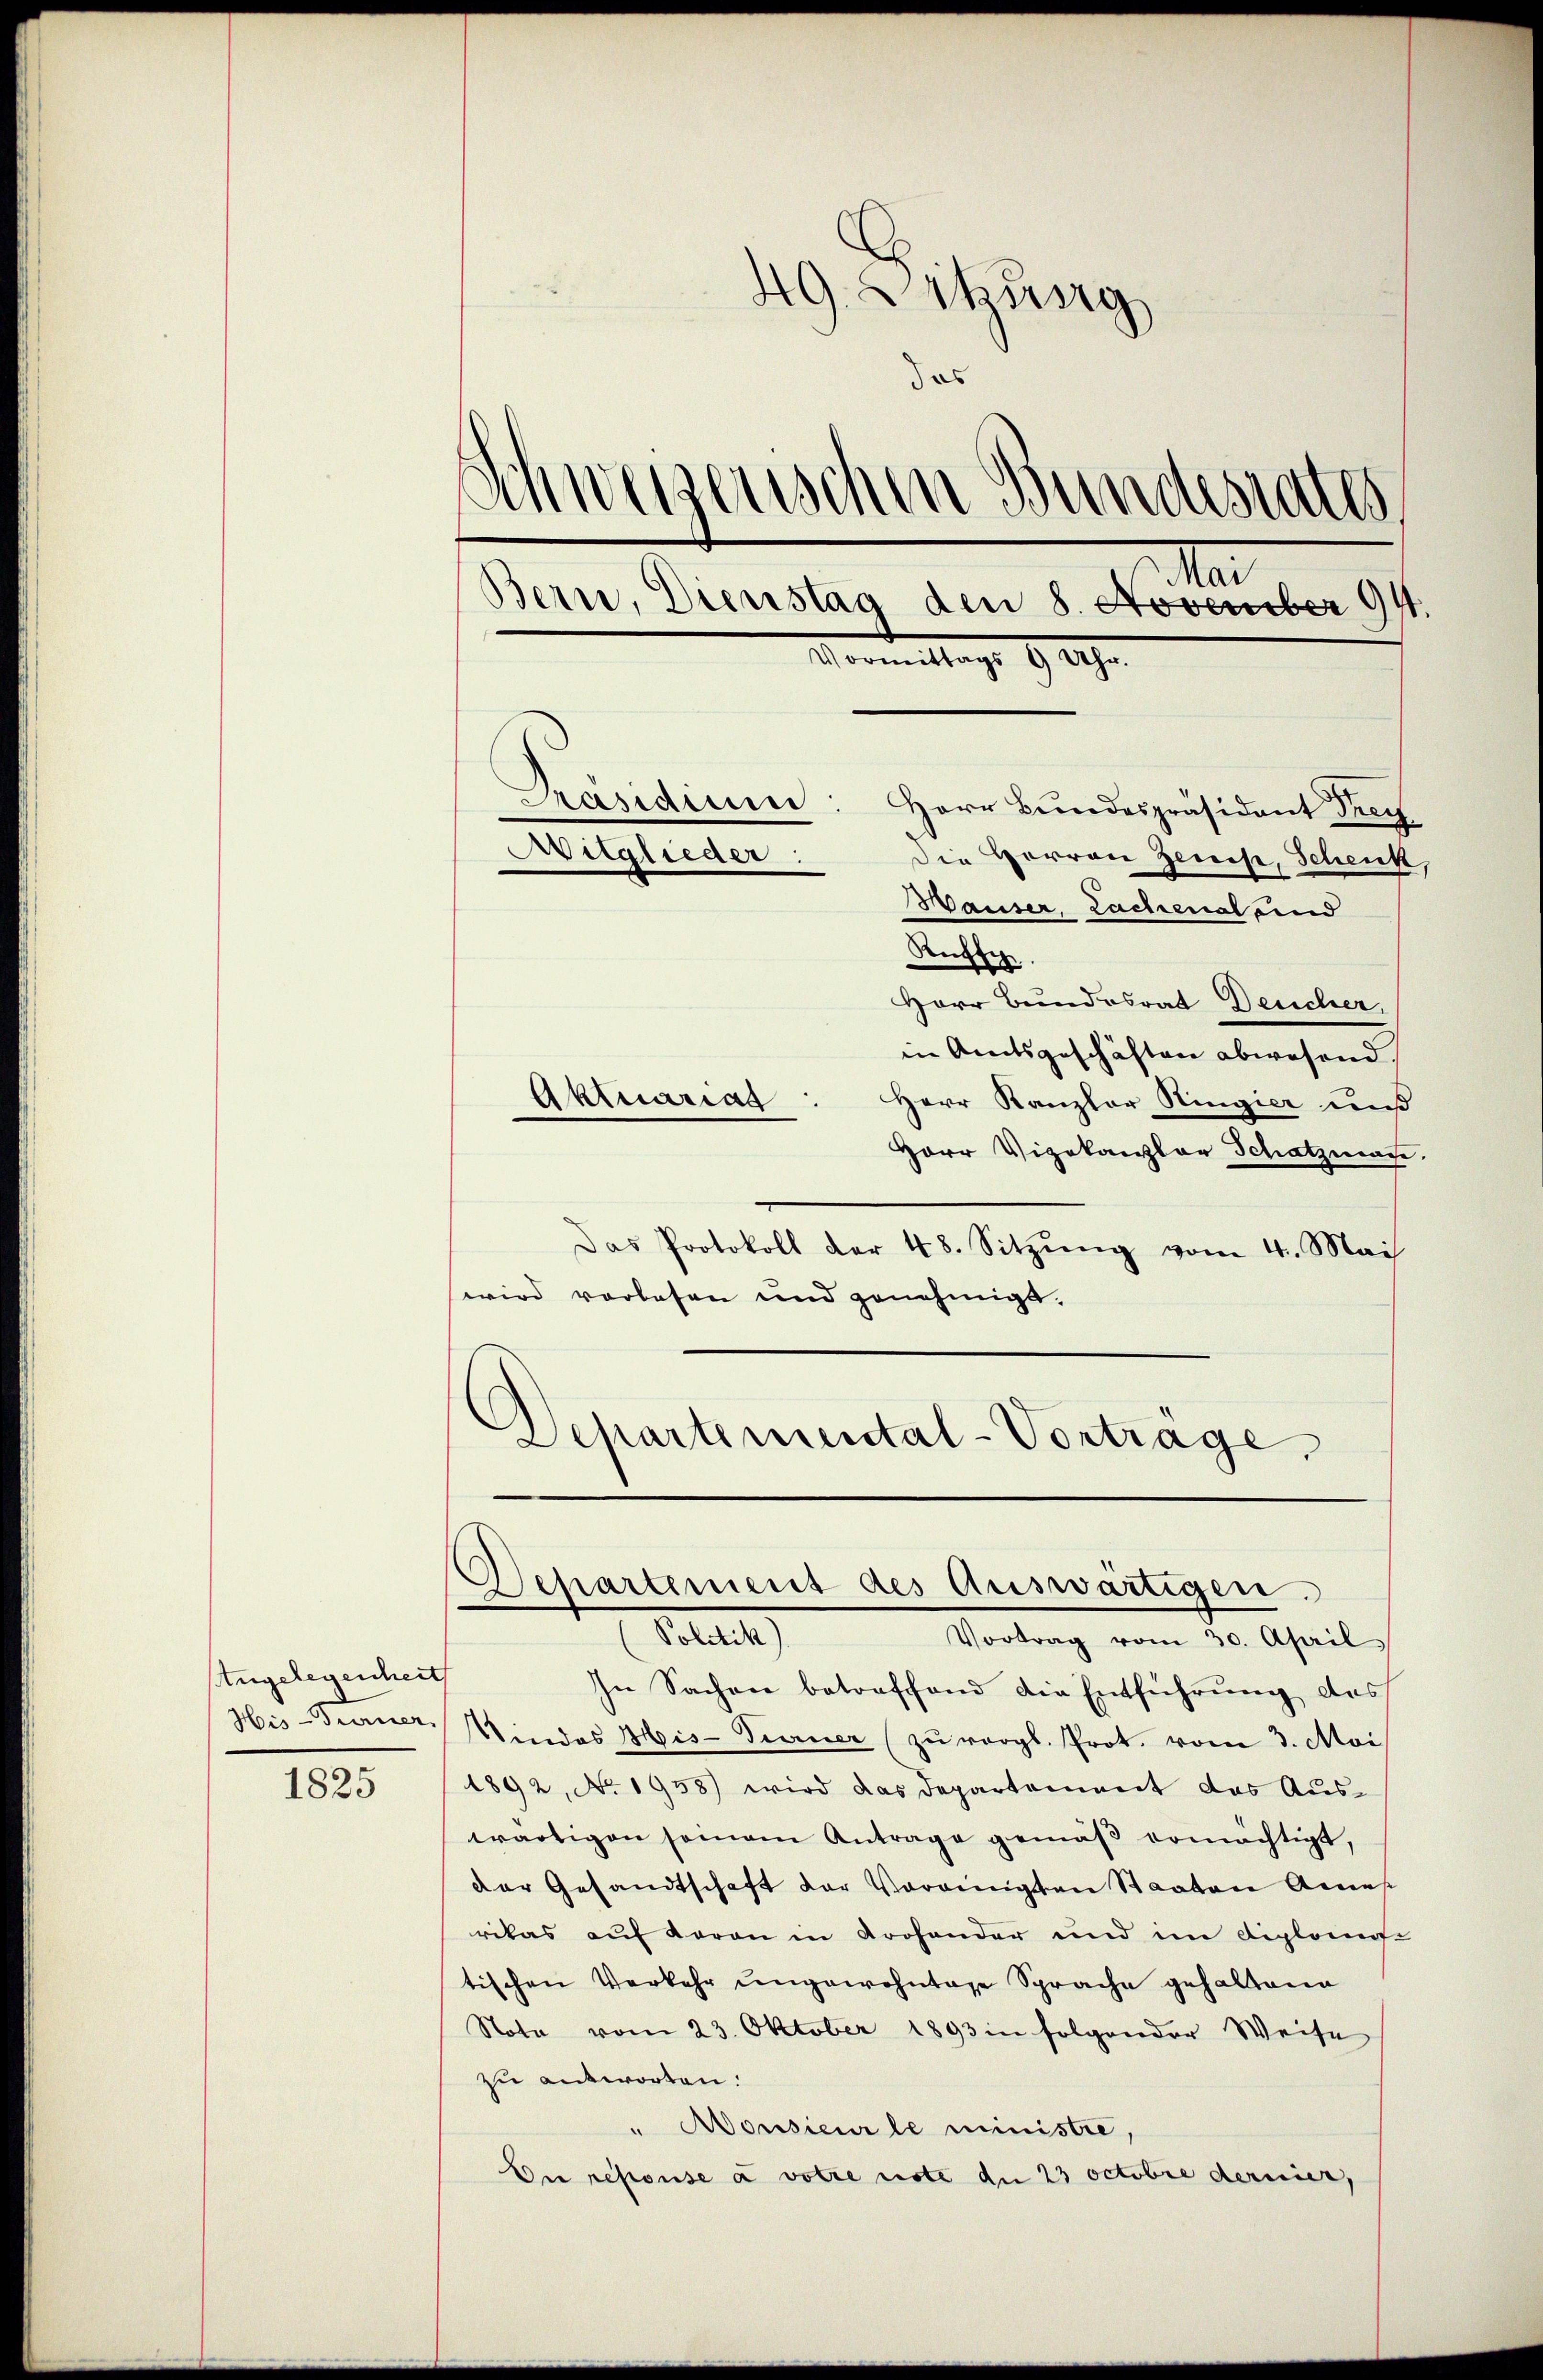
Angelegenheit
His-Ferner

1825

49. Zskursg
das
¬
Weizerischen Bundesrates
Ma
Bern, Dienstag den 8. November 94.
Mormittags 9 Uhr.
Präsidium
Herr Bundespräsident Drey
Mitglieder:
Die Herren Zeues, Schenk,
Wauser, Lachenal und
Rutsch

Herr Bundesrat Deucher,
in Amtsgeschäften abwesend
Aktuariat
Herr Kanzler Ringier auß
Herr Vizekanzlar Schatzmann.
Das Protokoll der 48. Sitzŭng vom 4. Mai
wird vorlesen und genehmigt.
Departemental-Vortrage

Departement des Auswärtigen.
Politik)
Vortrag vom 30. April.

In Sachen betreffend die Entführung des
Umdes Mis-Turner (zu vergl. Prot. vom 3. Mai
1892, No. 1958) wird das Departamiert das Aus-
wärtigen seinem Antrage gemäβ ermächtigt,
der Gesandtschaft der Vereinigten Staaten Annas
rikas auf daran in Krohender und im Diplomete
tischen Verkehr ungewohntage Sprache gehaltene
Note vom 23. Oktober 1893 in folgender Weise
zu antworten.
" Aousieur le ministre,
Die repouse a votienste de 23 octobre dernier,